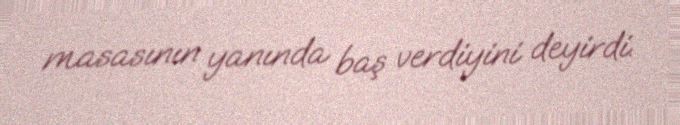
masasının yanında baş verdiyini deyirdi.